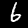
Digit: 6